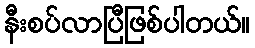
နီးစပ်လာပြီဖြစ်ပါတယ်။